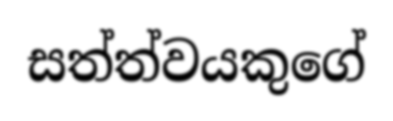
සත්ත්වයකුගේ